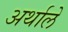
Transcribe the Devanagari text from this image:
अर्थाले